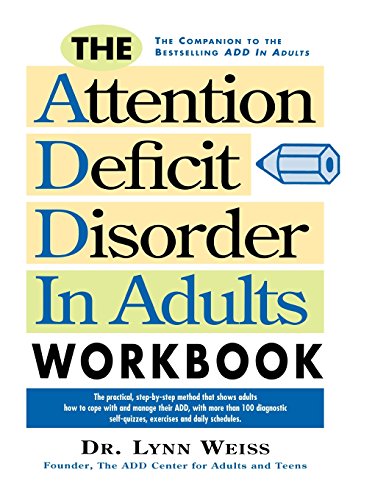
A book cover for The Attention Deficit Disorder in Adults Workbook; Lynn Weiss PhD; Health, Fitness & Dieting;